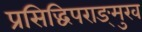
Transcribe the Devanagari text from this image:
प्रसिद्धिपराङ्‍मुख